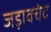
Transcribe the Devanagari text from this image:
जड़ावचंद